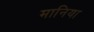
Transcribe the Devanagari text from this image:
मानिया